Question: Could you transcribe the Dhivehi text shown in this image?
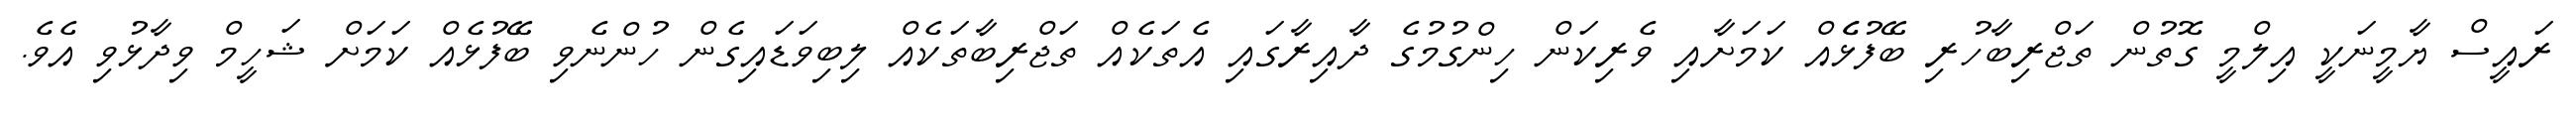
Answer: ރައީސް ޔާމީނަކީ އިލްމީ ގޮތުން ތަޖްރިބާހުރި ބޭފުޅެެއް ކަމަށާއި ވެރިކަން ހިންގުމުގެ ދާއިރާގައި އެތަކެއް ތަޖްރިބާތަކެއް ލިބިވަޑައިގެން ހުންނެވި ބޭފުޅެއް ކަމަށް ޝަހީމް ވިދާޅުވި އެވެ.